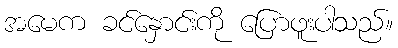
အမေက ခင်နှောင်းကို ပြောဖူးပါသည်။